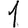
Digit: 1